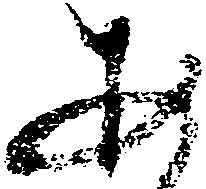
あ